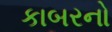
કાબરનો